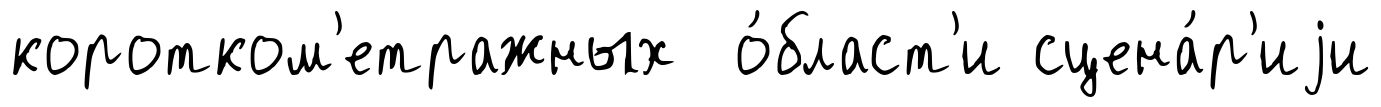
коротком'етражных о́бласт'и сцена́р'иjи